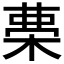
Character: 𣓝